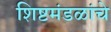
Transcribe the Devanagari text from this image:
शिष्टमंडळांचे